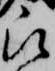
被